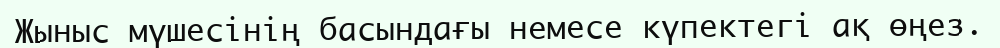
Жыныс мүшесінің басындағы немесе күпектегі ақ өңез.